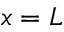
x = L